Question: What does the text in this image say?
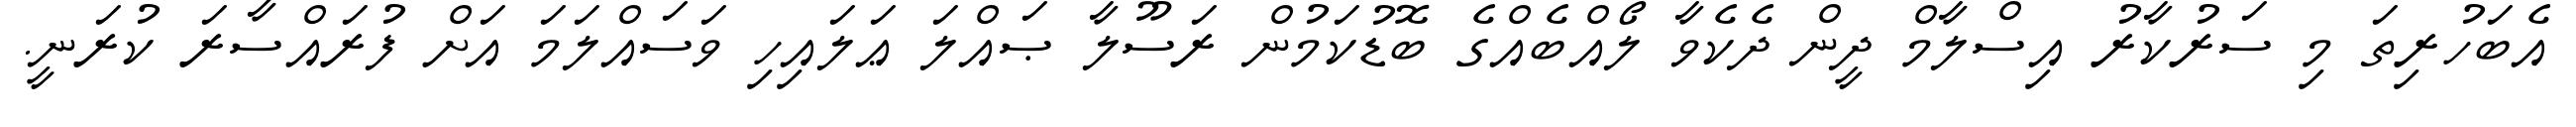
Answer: އެބަހުރިތަ މި ސަރުކާރު އިސްލާމް ދީން ދެކެވާ ލޯއްބެއްގެ ބޮޑުކަމުން ރަސޫލާ ޞައްލަ ޢަލައިހި ވަސައްލަމަ އަށް ފުރައްސާރަ ކުރަނީ.